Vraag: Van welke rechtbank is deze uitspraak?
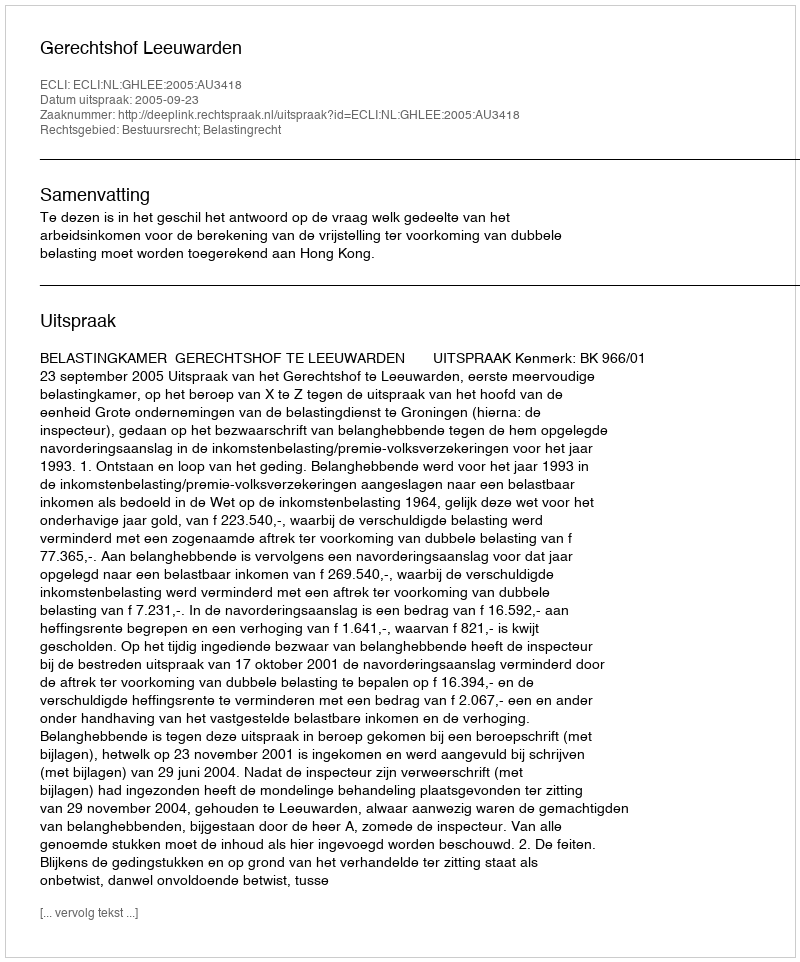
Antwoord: Gerechtshof Leeuwarden